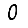
Digit: 0